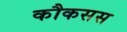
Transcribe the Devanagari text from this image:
कौकसस